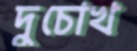
দুচোখ